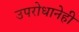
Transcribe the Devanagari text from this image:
उपरोधानेही